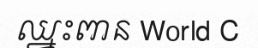
ឈ្នះពាន World C